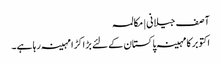
آصف جیلانی | مکالمہ
اکتوبر کا مہینہ پاکستان کے لئے بڑا کڑا مہینہ رہا ہے۔